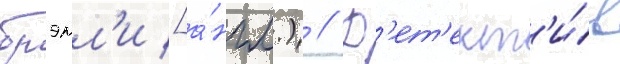
брэмл'и [а́нгл.) // Д'ет'ект'и́в